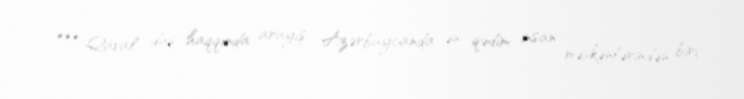
*** Qaval daş haqqında arayış: Azərbaycanda ən qədim insan məskənlərindən biri